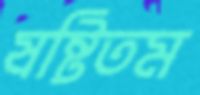
ষষ্টিতম